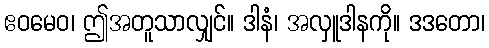
ဧဝမေဝ၊ ဤအတူသာလျှင်။ ဒါနံ၊ အလှူဒါနကို။ ဒဒတော၊